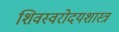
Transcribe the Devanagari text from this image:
शिवस्वरोदयशास्त्र